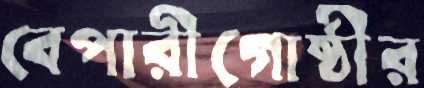
বেপারীগোষ্ঠীর